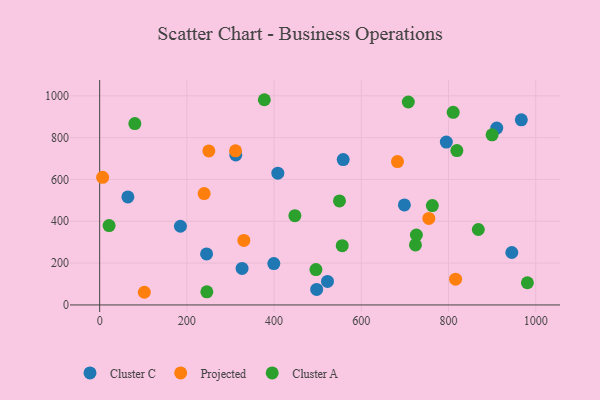
{"axis": {"x": "Price", "y": "Profit"}, "legend": ["Cluster A", "Cluster C", "Projected"], "data": [{"x": "522.5", "y": 112.3, "type": "Cluster C"}, {"x": "399.4", "y": 197.9, "type": "Cluster C"}, {"x": "698.8", "y": 478.1, "type": "Cluster C"}, {"x": "408.6", "y": 630.0, "type": "Cluster C"}, {"x": "558.5", "y": 694.8, "type": "Cluster C"}, {"x": "967.0", "y": 885.1, "type": "Cluster C"}, {"x": "945.2", "y": 250.7, "type": "Cluster C"}, {"x": "185.2", "y": 376.3, "type": "Cluster C"}, {"x": "312.2", "y": 717.0, "type": "Cluster C"}, {"x": "795.0", "y": 778.7, "type": "Cluster C"}, {"x": "910.7", "y": 845.5, "type": "Cluster C"}, {"x": "64.7", "y": 516.2, "type": "Cluster C"}, {"x": "326.6", "y": 174.4, "type": "Cluster C"}, {"x": "245.2", "y": 244.0, "type": "Cluster C"}, {"x": "497.7", "y": 74.2, "type": "Cluster C"}, {"x": "250.4", "y": 736.5, "type": "Projected"}, {"x": "330.7", "y": 308.4, "type": "Projected"}, {"x": "239.6", "y": 532.6, "type": "Projected"}, {"x": "683.0", "y": 685.4, "type": "Projected"}, {"x": "6.8", "y": 610.2, "type": "Projected"}, {"x": "311.6", "y": 736.7, "type": "Projected"}, {"x": "102.4", "y": 60.6, "type": "Projected"}, {"x": "754.9", "y": 413.8, "type": "Projected"}, {"x": "816.2", "y": 123.4, "type": "Projected"}, {"x": "868.4", "y": 360.6, "type": "Cluster A"}, {"x": "80.7", "y": 867.1, "type": "Cluster A"}, {"x": "245.8", "y": 62.9, "type": "Cluster A"}, {"x": "496.0", "y": 169.2, "type": "Cluster A"}, {"x": "377.7", "y": 981.1, "type": "Cluster A"}, {"x": "707.8", "y": 970.3, "type": "Cluster A"}, {"x": "550.0", "y": 497.5, "type": "Cluster A"}, {"x": "447.7", "y": 427.0, "type": "Cluster A"}, {"x": "21.6", "y": 379.6, "type": "Cluster A"}, {"x": "819.2", "y": 738.0, "type": "Cluster A"}, {"x": "556.3", "y": 283.5, "type": "Cluster A"}, {"x": "724.2", "y": 286.8, "type": "Cluster A"}, {"x": "762.9", "y": 475.2, "type": "Cluster A"}, {"x": "810.8", "y": 921.0, "type": "Cluster A"}, {"x": "980.9", "y": 106.2, "type": "Cluster A"}, {"x": "900.0", "y": 813.2, "type": "Cluster A"}, {"x": "726.3", "y": 334.4, "type": "Cluster A"}]}